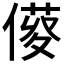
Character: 𠍑